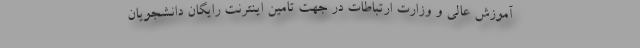
آموزش عالی و وزارت ارتباطات در جهت تامین اینترنت رایگان دانشجویان